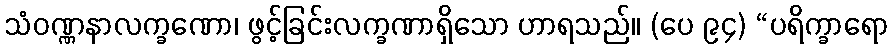
သံဝဏ္ဏနာလက္ခဏော၊ ဖွင့်ခြင်းလက္ခဏာရှိသော ဟာရသည်။ (ပေ ၉၄) “ပရိက္ခာရော